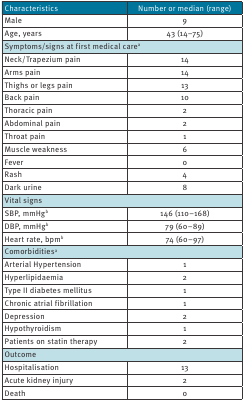
<table><thead><tr><td><b>Characteristics</b></td><td><b>Number or median (range)</b></td></tr></thead><tbody><tr><td>Male</td><td>9</td></tr><tr><td>Age, years</td><td>43 (14–75)</td></tr><tr><td colspan="2">Symptoms/signs at first medical care<sup>a</sup></td></tr><tr><td>Neck/Trapezium pain</td><td>14</td></tr><tr><td>Arms pain</td><td>14</td></tr><tr><td>Thighs or legs pain</td><td>13</td></tr><tr><td>Back pain</td><td>10</td></tr><tr><td>Thoracic pain</td><td>2</td></tr><tr><td>Abdominal pain</td><td>2</td></tr><tr><td>Throat pain</td><td>1</td></tr><tr><td>Muscle weakness</td><td>6</td></tr><tr><td>Fever</td><td>0</td></tr><tr><td>Rash</td><td>4</td></tr><tr><td>Dark urine</td><td>8</td></tr><tr><td colspan="2">Vital signs</td></tr><tr><td>SBP, mmHg<sup>b</sup></td><td>146 (110–168)</td></tr><tr><td>DBP, mmHg<sup>b</sup></td><td>79 (60–89)</td></tr><tr><td>Heart rate, bpm<sup>b</sup></td><td>74 (60–97)</td></tr><tr><td colspan="2">Comorbidities<sup>a</sup></td></tr><tr><td>Arterial Hypertension</td><td>1</td></tr><tr><td>Hyperlipidaemia</td><td>2</td></tr><tr><td>Type II diabetes mellitus</td><td>1</td></tr><tr><td>Chronic atrial fibrillation</td><td>1</td></tr><tr><td>Depression</td><td>2</td></tr><tr><td>Hypothyroidism</td><td>1</td></tr><tr><td>Patients on statin therapy</td><td>2</td></tr><tr><td colspan="2">Outcome</td></tr><tr><td>Hospitalisation</td><td>13</td></tr><tr><td>Acute kidney injury</td><td>2</td></tr><tr><td>Death</td><td>0</td></tr></tbody></table>